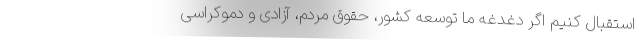
استقبال کنیم اگر دغدغه ما توسعه کشور، حقوق مردم، آزادی و دموکراسی